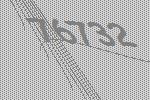
76732